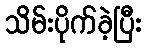
သိမ်းပိုက်ခဲ့ပြီး